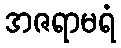
အဇရာမရံ